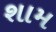
શામ